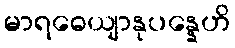
မာရဓေယျာနုပန္နေဟိ